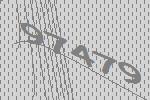
97479